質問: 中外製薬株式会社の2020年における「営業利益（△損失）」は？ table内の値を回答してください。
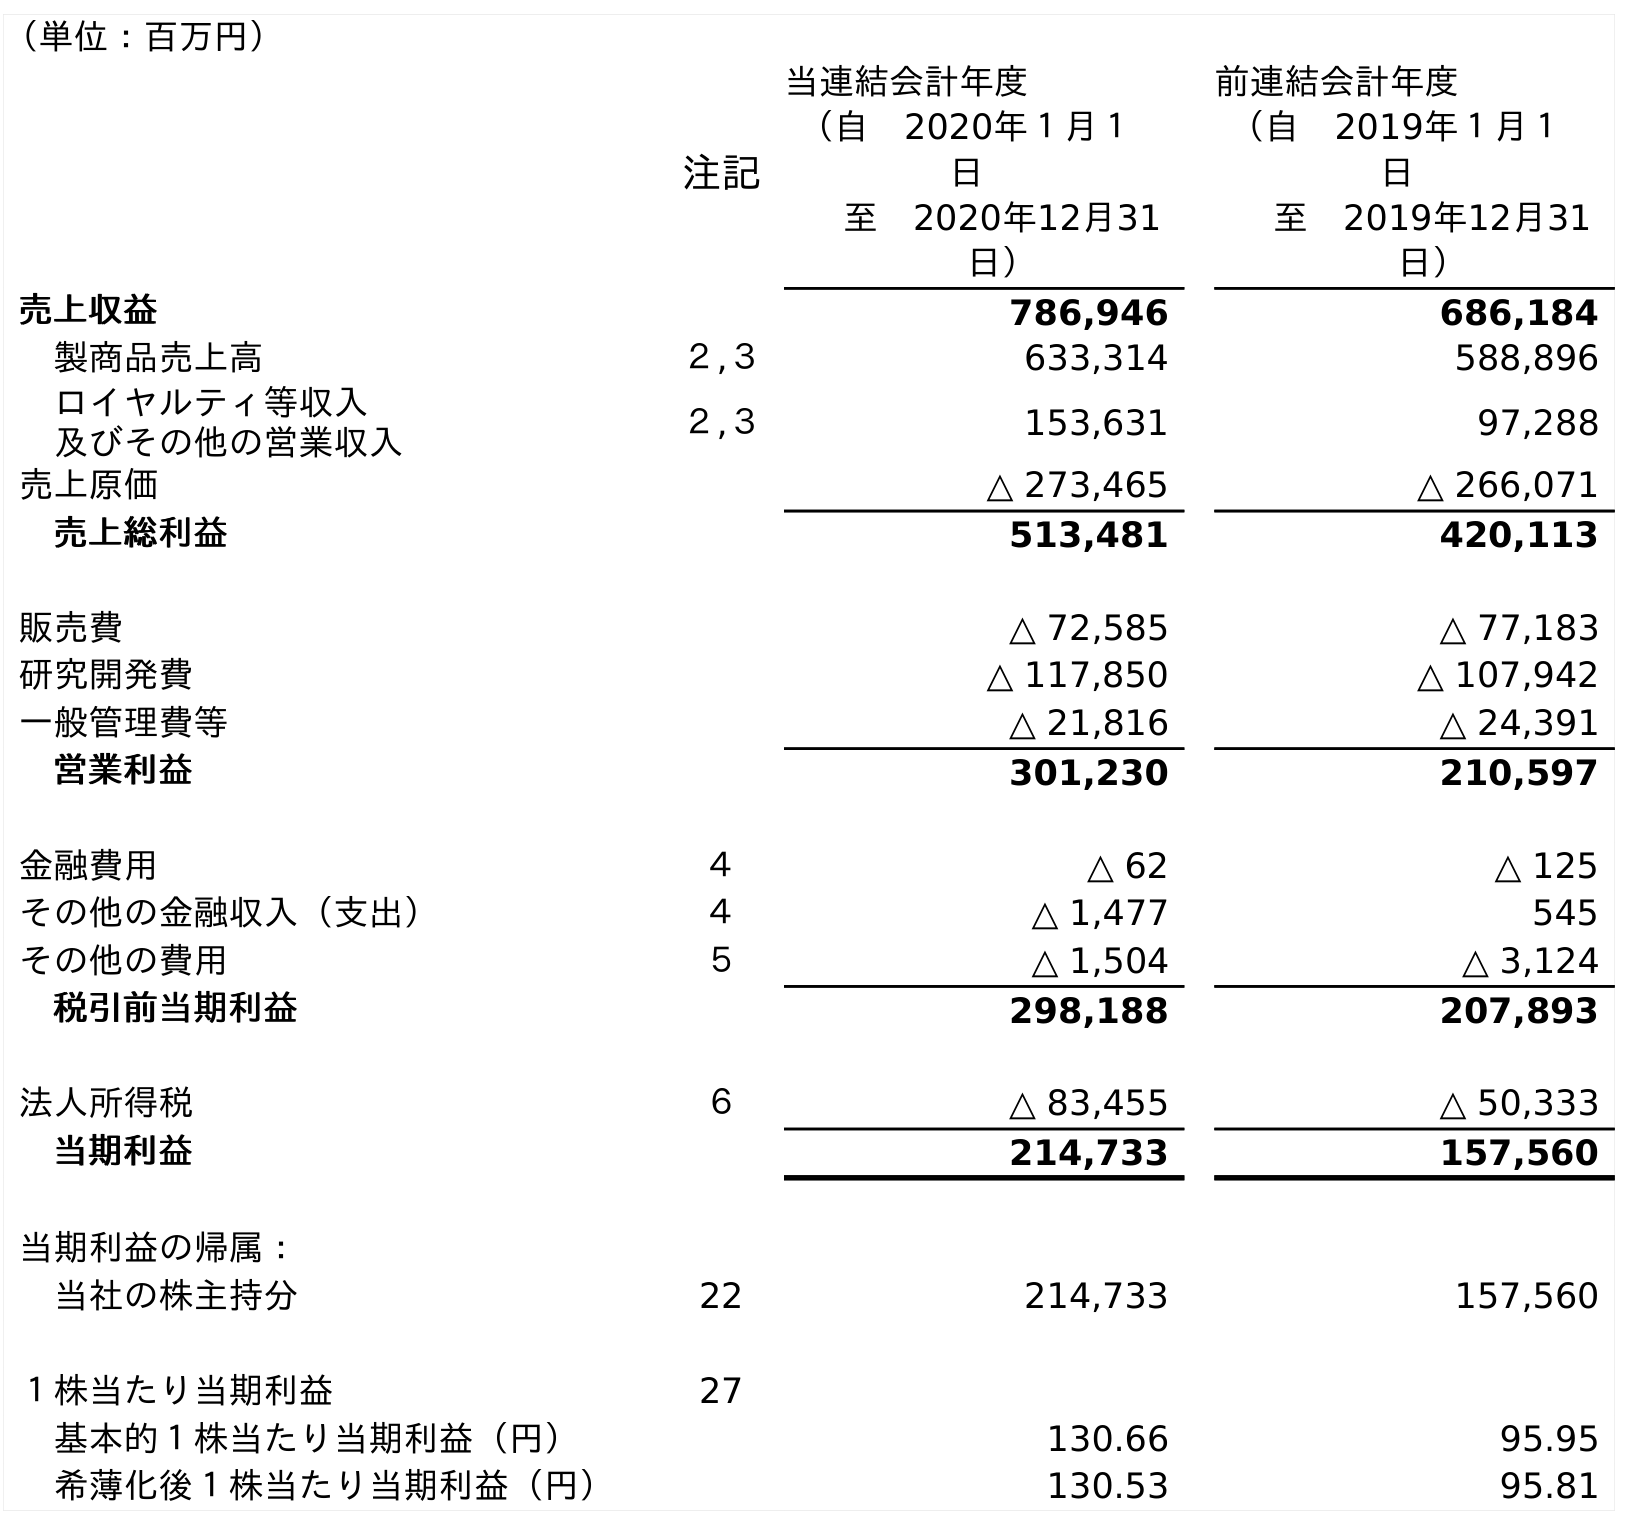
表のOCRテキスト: （単位：百万円） 注記 当連結会計年度 （自 2020年１月１ 日 至 2020年12月31 日） 前連結会計年度 （自 2019年１月１ 日 至 2019年12月31 日） 売上収益 786,946 686,184 製商品売上高 ２,３ 633,314 588,896 ロイヤルティ等収入 及びその他の営業収入 ２,３ 153,631 97,288 売上原価 △ 273,465 △ 266,071 売上総利益 513,481 420,113 販売費 △ 72,585 △ 77,183 研究開発費 △ 117,850 △ 107,942 一般管理費等 △ 21,816 △ 24,391 営業利益 301,230 210,597 金融費用 ４ △ 62 △ 125 その他の金融収入（支出） ４ △ 1,477 545 その他の費用 ５ △ 1,504 △ 3,124 税引前当期利益 298,188 207,893 法人所得税 ６ △ 83,455 △ 50,333 当期利益 214,733 157,560 当期利益の帰属： 当社の株主持分 22 214,733 157,560 １株当たり当期利益 27 基本的１株当たり当期利益（円） 130.66 95.95 希薄化後１株当たり当期利益（円） 130.53 95.81
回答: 301,230